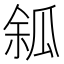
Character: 𤫿